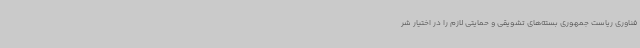
فناوری ریاست جمهوری بسته‌های تشویقی و حمایتی لازم را در اختیار شر